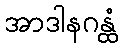
အာဒါနဂန္ထံ